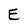
Character: E